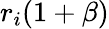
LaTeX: r_{i}(1+\beta)